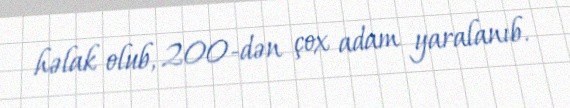
həlak olub, 200-dən çox adam yaralanıb.